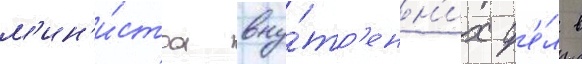
м'ин'и́стра вну́тр'енн'их д'е́л в